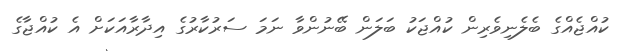
ކުއްޖެއްގެ ބެލެނިވެރިން ކުއްޖަކު ބަލަން ބޭނުންވާ ނަމަ ސަރުކާރުގެ އިދާރާއަކަށް އެ ކުއްޖާގެ